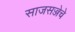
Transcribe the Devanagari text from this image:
साजसज्जेचे